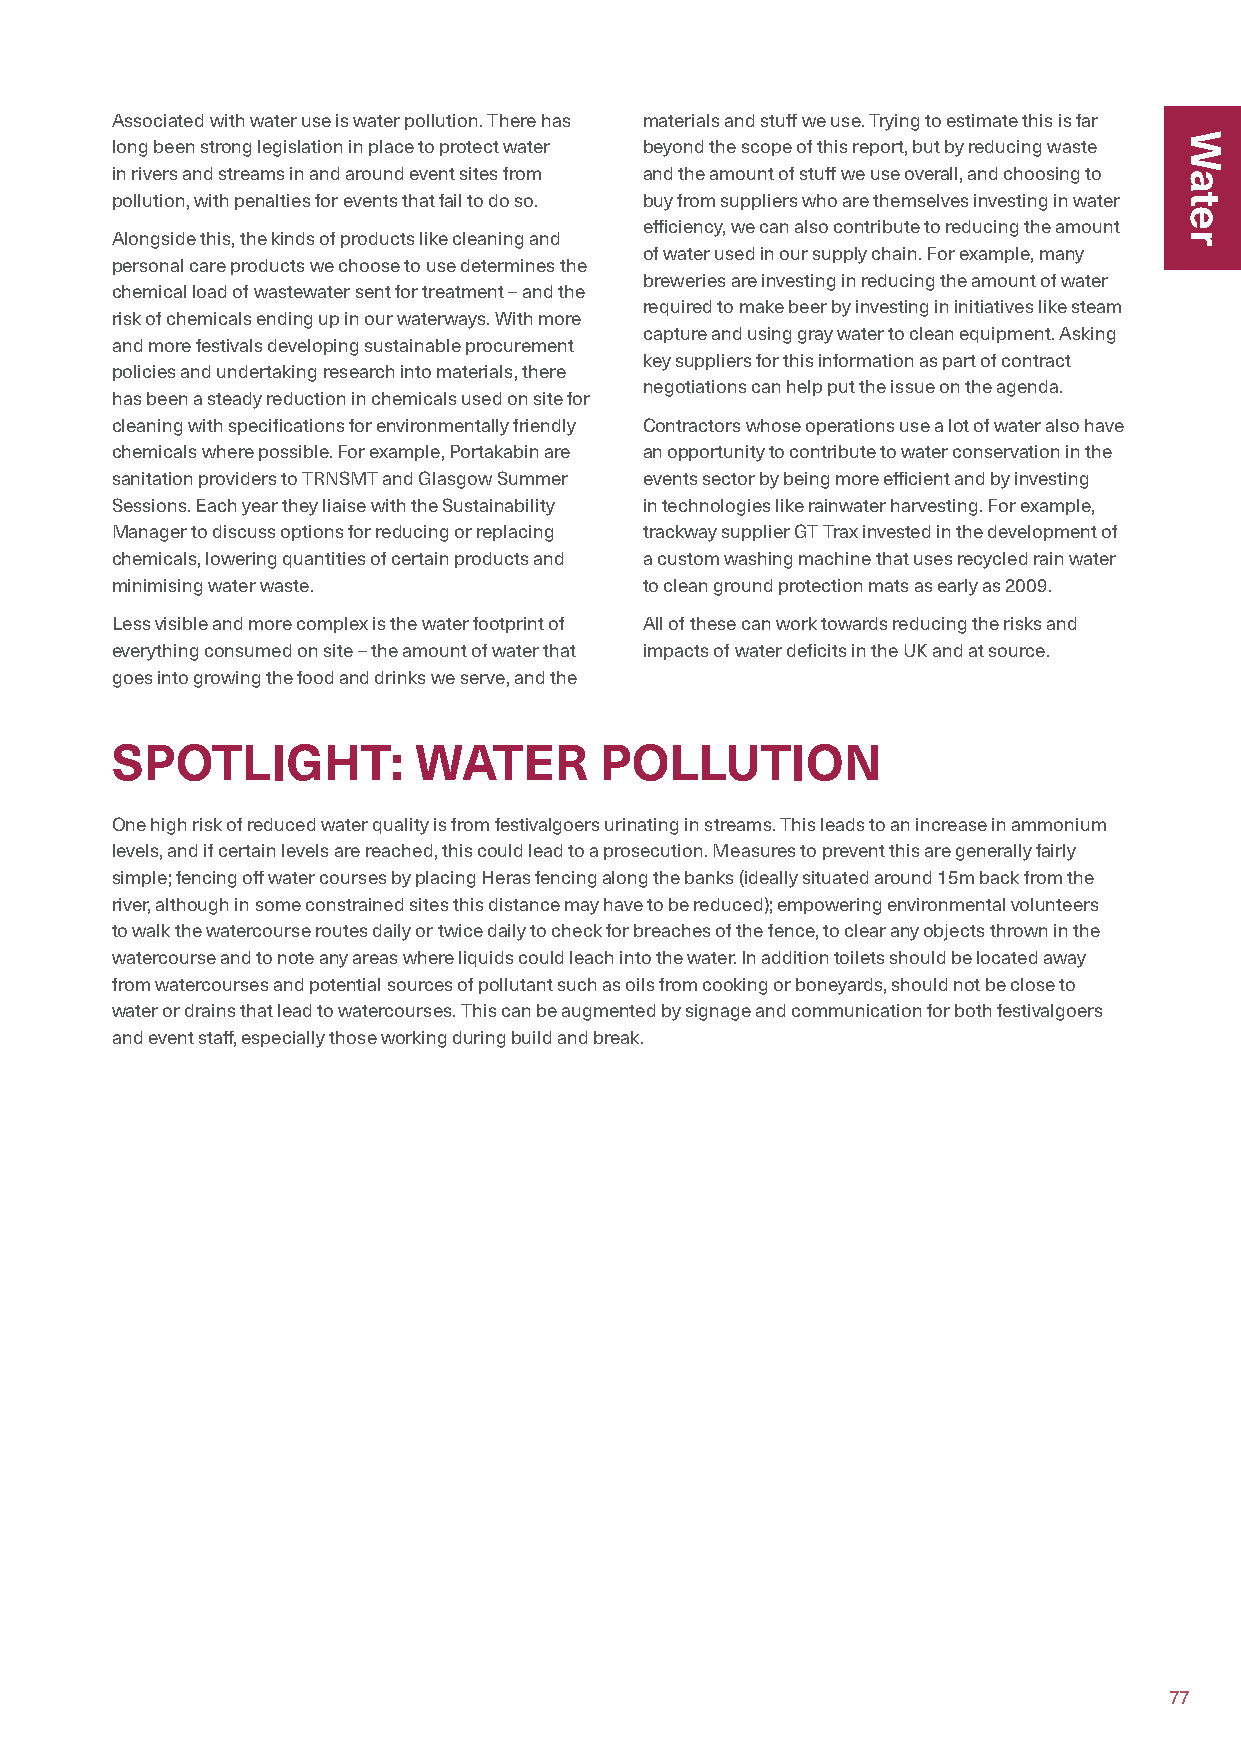
Associated with water use is water pollution. There has materials and stuff we use. Trying to estimate this is far
 long been strong legislation in place to protect water beyond the scope of this report, but by reducing waste
 in rivers and streams in and around event sites from and the amount of stuff we use overall, and choosing to
 pollution, with penalties for events that fail to do so. buy from suppliers who are themselves investing in water
 efficiency, we can also contribute to reducing the amount
 Alongside this, the kinds of products like cleaning and
 of water used in our supply chain. For example, many
 personal care products we choose to use determines the
 breweries are investing in reducing the amount of water
 chemical load of wastewater sent for treatment – and the
 required to make beer by investing in initiatives like steam
 risk of chemicals ending up in our waterways. With more
 capture and using gray water to clean equipment. Asking
 and more festivals developing sustainable procurement
 key suppliers for this information as part of contract
 policies and undertaking research into materials, there
 negotiations can help put the issue on the agenda.
 has been a steady reduction in chemicals used on site for
 cleaning with specifications for environmentally friendly Contractors whose operations use a lot of water also have
 chemicals where possible. For example, Portakabin are an opportunity to contribute to water conservation in the
 sanitation providers to TRNSMT and Glasgow Summer events sector by being more efficient and by investing
 Sessions. Each year they liaise with the Sustainability in technologies like rainwater harvesting. For example,
 Manager to discuss options for reducing or replacing trackway supplier GT Trax invested in the development of
 chemicals, lowering quantities of certain products and a custom washing machine that uses recycled rain water
 minimising water waste.             to clean ground protection mats as early as 2009.
 Less visible and more complex is the water footprint of All of these can work towards reducing the risks and
 everything consumed on site – the amount of water that impacts of water deficits in the UK and at source.
 goes into growing the food and drinks we serve, and the
 SPOTLIGHT:          WATER        POLLUTION
 One high risk of reduced water quality is from festivalgoers urinating in streams. This leads to an increase in ammonium
 levels, and if certain levels are reached, this could lead to a prosecution. Measures to prevent this are generally fairly
 simple; fencing off water courses by placing Heras fencing along the banks (ideally situated around 15m back from the
 river, although in some constrained sites this distance may have to be reduced); empowering environmental volunteers
 to walk the watercourse routes daily or twice daily to check for breaches of the fence, to clear any objects thrown in the
 watercourse and to note any areas where liquids could leach into the water. In addition toilets should be located away
 from watercourses and potential sources of pollutant such as oils from cooking or boneyards, should not be close to
 water or drains that lead to watercourses. This can be augmented by signage and communication for both festivalgoers
 and event staff, especially those working during build and break.
 77
 Water                                                                         Water